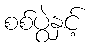
စစ်ပွဲနှင့်